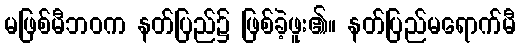
မဖြစ်မီဘဝက နတ်ပြည်၌ ဖြစ်ခဲ့ဖူး၏။ နတ်ပြည်မရောက်မီ